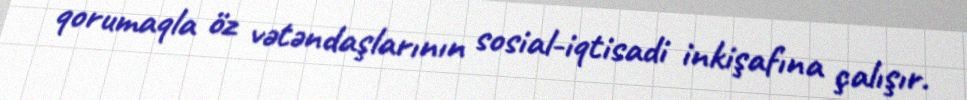
qorumaqla öz vətəndaşlarının sosial-iqtisadi inkişafına çalışır.